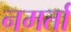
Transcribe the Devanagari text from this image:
नमर्ता